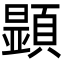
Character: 𩔰